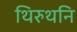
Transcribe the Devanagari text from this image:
थिरुथनि